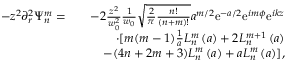
\begin{array} { r l r } { - z ^ { 2 } \partial _ { r } ^ { 2 } \Psi _ { n } ^ { m } = } & { } & { - 2 \frac { z ^ { 2 } } { w _ { 0 } ^ { 2 } } \frac { 1 } { w _ { 0 } } \sqrt { \frac { 2 } { \pi } \frac { n ! } { ( n + m ) ! } } a ^ { m / 2 } \mathrm { e } ^ { - a / 2 } \mathrm { e } ^ { i m \phi } \mathrm { e } ^ { i k z } } \\ & { } & { \cdot [ m ( m - 1 ) \frac { 1 } { a } L _ { n } ^ { m } \left( a \right) + 2 L _ { n } ^ { m + 1 } \left( a \right) } \\ & { } & { - ( 4 n + 2 m + 3 ) L _ { n } ^ { m } \left( a \right) + a L _ { n } ^ { m } \left( a \right) ] , } \end{array}